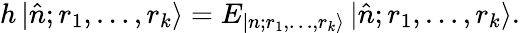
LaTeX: h\, |\hat{n};r_{1},\ldots,r_{k}\rangle=E_{|n;r_{1},\ldots,r_{k}\rangle}\, |\hat{n};r_{1},\ldots,r_{k}\rangle.